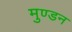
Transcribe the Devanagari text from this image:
मुण्डन